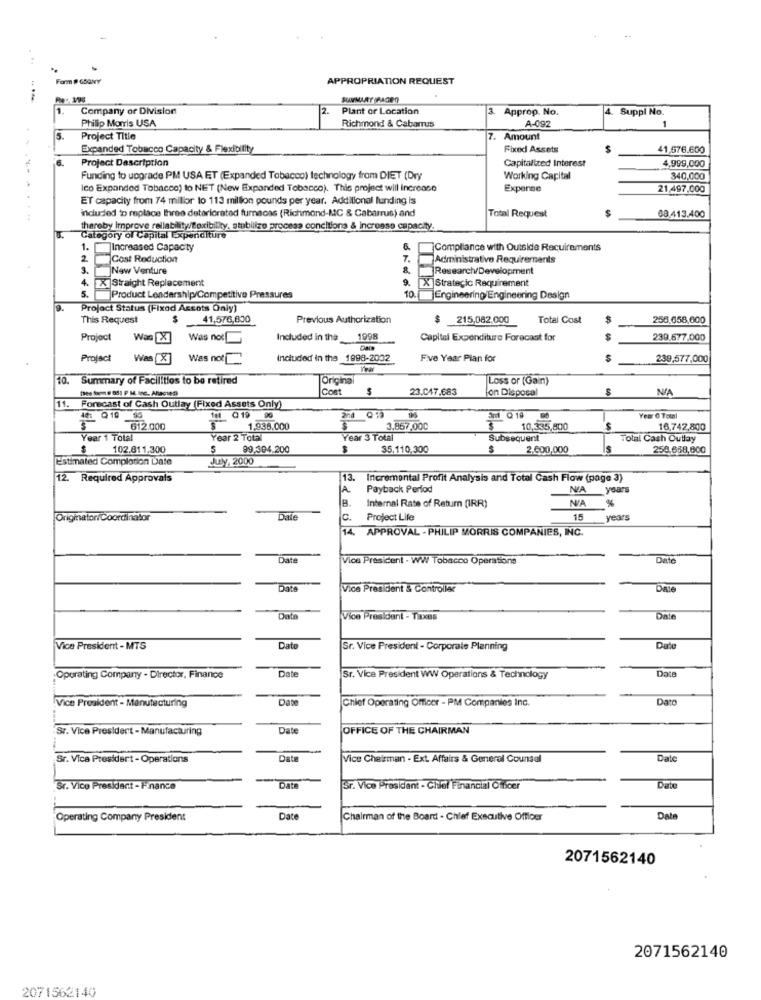
Form # GSONY
APPROPRIATION REQUEST
SUMMARY PAGEO
1.
Company or Division
2. Plant or Location
3
Approp. No.
4. Suppl No.
Philip Morris USA
Richmond & Cabarrus
A-092
1
5.
Project Title
7. Amount
Expanded Tobacco Capacity & Flexibility
Fixed Assets
41,576.600
6.
Project Description
Capitalized Interest
4,999,000
Funding to upgrade PM USA ET (Expanded Tobacco) technology from DIET (Dry
Working Capital
340,000
Ico Expanded Tobacco) to NET (New Expanded Tobacco). This project will increase
Expense
21,497.000
ET capacity from 74 millor to 113 million pounds per year. Additional funding is
induded 'D replace Ihreo deteriorated furnaces (Richmond-MC & Cabarrus) and
Total Request
68.413.400
thereby improve rellability/Boxibility. stubilizo process conditions & increase capacity.
Category of Capital Expenditure
1.
Increased Capacity
Compliance with Outside Recuirements
2
Cost Reduction
7.
Administrative Requirements
3.
sa Now Venture
Research/Development
4.
Straight Replacement
X]Strategic Requirement
5.
9. XX
Product Leadership/Competitive Pressures
Engineering Engineering Design
Project Status (Fixodi Acsots Only)
This Request
$
41,576,800
Previous Authorization
$ 215,082,000
Total Cost
256.658,600
Project
Was [X]
Was not
Included in the
1998
Capital Expenditure Forecast for
239.677.000
Project
Was [X]
Was not
Included in the 1998-2002
Five Year Plan for
239,577,000
10.
10. Summary of Facilities to be retired
Origina
Loss or (Gain)
Cont
$
23.047.683
on Disposal
NA
11. Forecast of Cash Outlay (Fixed Assets Only)
40 Q10 95
1et Q19
Q 18 0
Year O Total
612.000
1.938.000
3.857,000
10,335,800
16,742,800
Year 1 Total
Year 2 Total
Year 3 Total
Subsequent
Total Cash Outlay
$ 102.811.300
99,304.200
35,110,300
$
2.600,000
Is
258.658,600
Estimated Complotion Late
JTy, 2000
12. Required Approvals
13.
Incremental Profit Analysis and Total Cash Flow (page 3)
A
Payback Period
N/A years
%
Internal Rate of Return (IRR)
Originator/Coordinator
Dale
c.
Project Life
15
years
14. APPROVAL - PHILIP MORRIS COMPANIES, INC.
Date
Vice President - WW Tobacco Operations
Date
Date
Vice President & Controller
Dale
Date
Vice President - Taxes
Date
Vice President - MTS
Dato
Sr. Vice President - Corporale Planning
Date
Date
Date
Operating Company - Director, Finance
Sr. Vice President WW Operations & Technology
Vice President - Manutecturing
Date
Chief Operating Officer - PM Companies inc.
Dato
Sr. Vice President - Manufacturing
Date
OFFICE OF THE CHAIRMAN
Sr. Vice President - Operations
Date
Vice Chairman - Ext. Affairs & General Counsel
Date
Sr. Vice President - Finance
Date
Sr. Vice President - Chief Financial Officer
Date
Operating Company President
Date
Chairman of the Board - Chief Executive Offloer
Date
2071562140
2071562140
2071562140